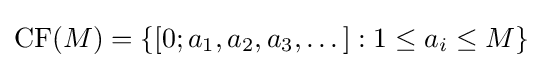
\mathrm {CF} (M)=\{[0;a_{1},a_{2},a_{3},\dots ]:1\leq a_{i}\leq M\}